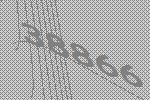
38866